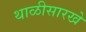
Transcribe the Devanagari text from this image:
थाळीसारखे